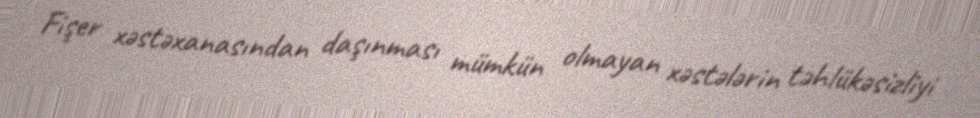
Fişer xəstəxanasından daşınması mümkün olmayan xəstələrin təhlükəsizliyi